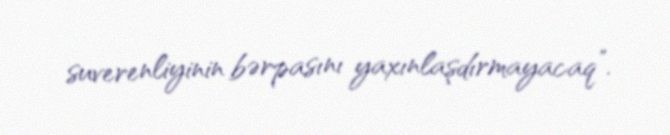
suverenliyinin bərpasını yaxınlaşdırmayacaq”.